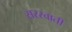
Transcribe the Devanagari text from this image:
सरस्वाती